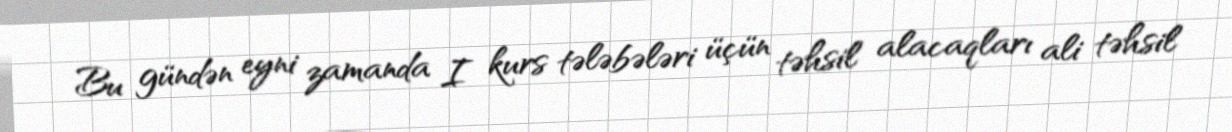
Bu gündən eyni zamanda I kurs tələbələri üçün təhsil alacaqları ali təhsil